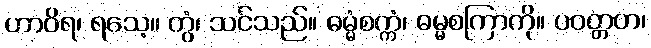
ဟာဝိရ၊ ရသေ့။ တွံ၊ သင်သည်။ ဓမ္မံစက္ကံ၊ ဓမ္မစကြာကို။ ပဝတ္တဟ၊